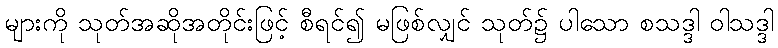
များကို သုတ်အဆိုအတိုင်းဖြင့် စီရင်၍ မဖြစ်လျှင် သုတ်၌ ပါသော စသဒ္ဒါ ဝါသဒ္ဒါ